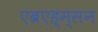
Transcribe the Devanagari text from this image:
एब्रएह्म्सन